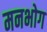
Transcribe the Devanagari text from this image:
मनभोग